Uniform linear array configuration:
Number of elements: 12
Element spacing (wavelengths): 1
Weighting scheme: hamming
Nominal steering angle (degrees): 30
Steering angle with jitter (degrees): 28.605
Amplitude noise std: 0.05
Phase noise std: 0.05

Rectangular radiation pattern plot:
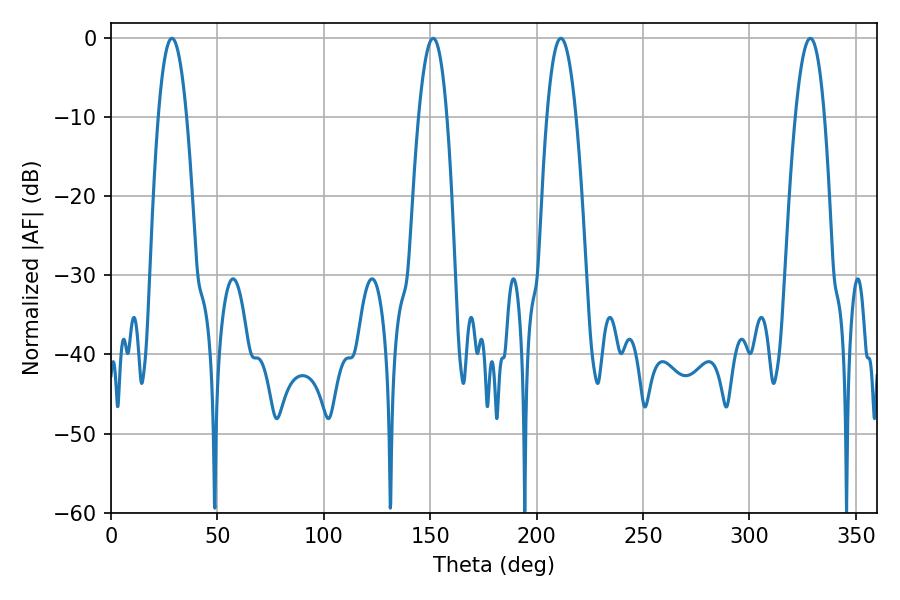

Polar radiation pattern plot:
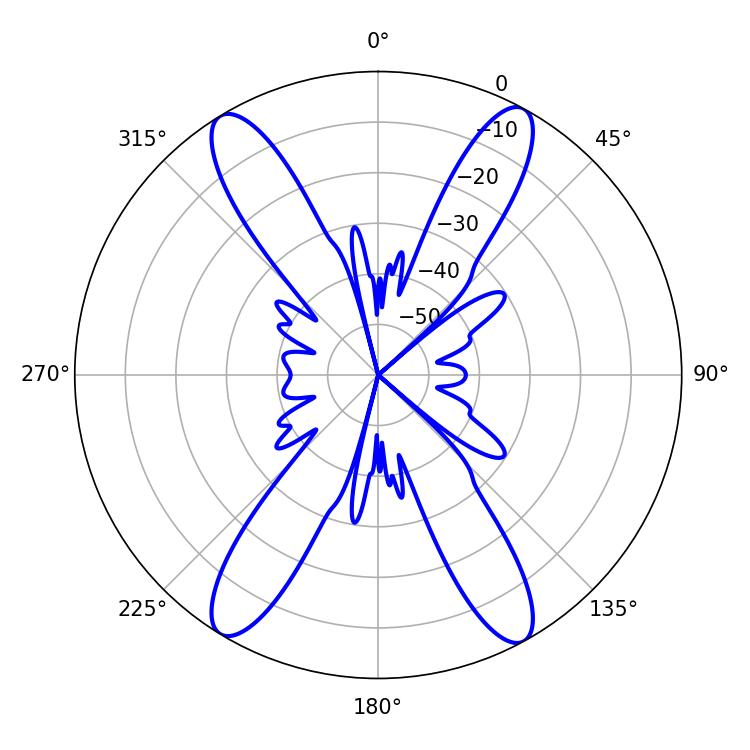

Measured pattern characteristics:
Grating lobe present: TRUE
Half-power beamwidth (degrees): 7.38
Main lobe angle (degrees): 28.62